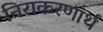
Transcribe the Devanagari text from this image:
निराकरणार्थ